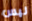
ليس